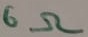
Text: 6Ω